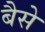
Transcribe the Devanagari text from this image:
बैसे